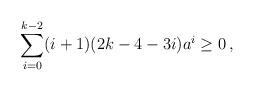
LaTeX: \begin{align*}\sum_{i=0}^{k-2}(i+1)(2k-4-3i)a^{i}\ge 0\,,\end{align*}